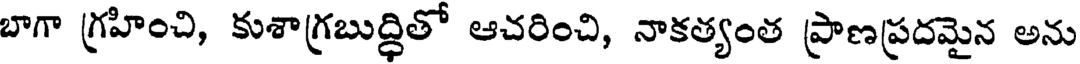
బాగా గ్రహించి, కుశాగ్రబుద్ధితో ఆచరించి, నాకత్యంత ప్రాణప్రదమైన అను